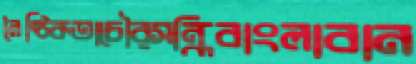
নৈষ্ঠিকতাচৌরসন্ধিবাংলাবান